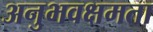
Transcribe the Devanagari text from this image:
अनुभवक्षमता